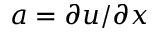
a = \partial u / \partial x